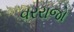
વરરાજો